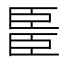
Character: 𫇆